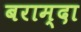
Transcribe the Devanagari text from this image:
बराम्दा